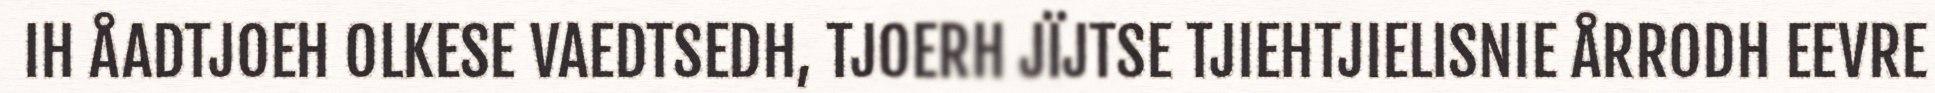
IH ÅADTJOEH OLKESE VAEDTSEDH, TJOERH JÏJTSE TJIEHTJIELISNIE ÅRRODH EEVRE